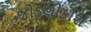
જોડણીકોશ